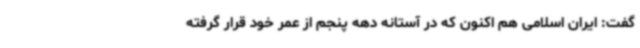
گفت: ایران اسلامی هم اکنون که در آستانه دهه پنجم از عمر خود قرار گرفته